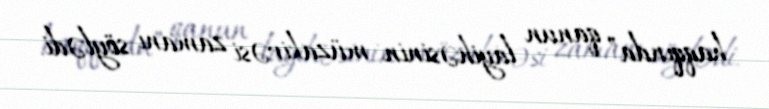
haqqında” qanun layihəsinin müzakirəsi zamanı söylədi.